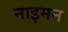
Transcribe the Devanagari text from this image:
नाइमन